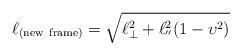
LaTeX: \begin{align*}\ell_{(\rm new \ frame)}=\sqrt{\ell^2_\bot+\ell^2_{''}(1-\upsilon^2)}\end{align*}